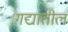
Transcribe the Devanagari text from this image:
गद्यातील